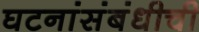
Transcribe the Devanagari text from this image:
घटनांसंबंधीची